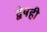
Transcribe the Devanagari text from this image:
द्वेषही